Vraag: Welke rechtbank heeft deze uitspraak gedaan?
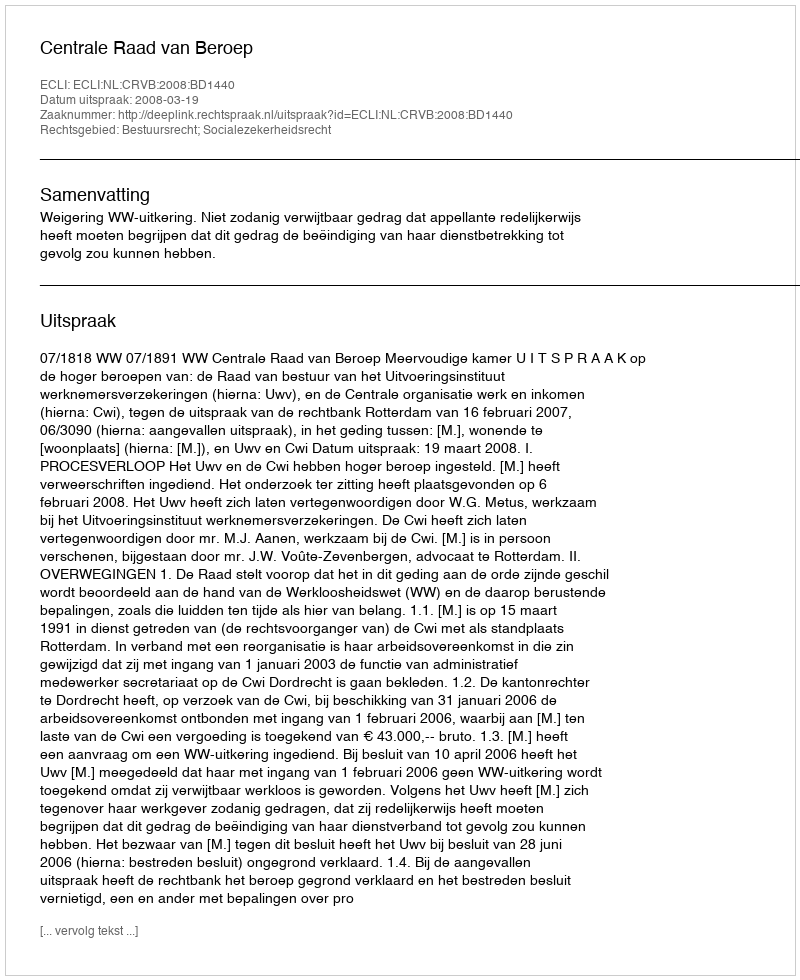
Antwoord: Centrale Raad van Beroep